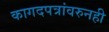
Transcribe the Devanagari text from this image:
कागदपत्रांवरुनही